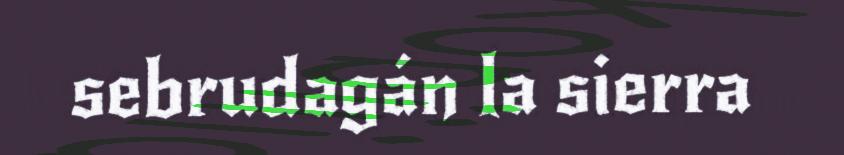
sebrudagán la sierra